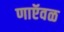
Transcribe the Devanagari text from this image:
णाऍवळ